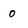
Character: 0